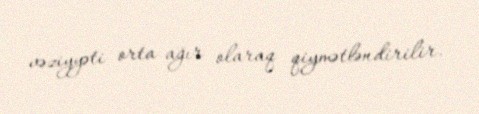
vəziyyəti orta ağır olaraq qiymətləndirilir.